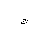
Letter: _gim